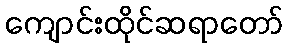
ကျောင်းထိုင်ဆရာတော်